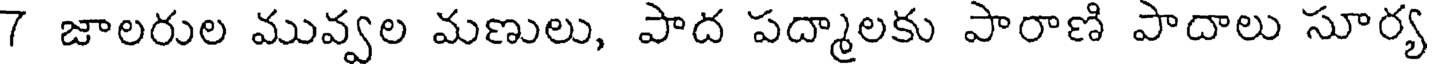
7 జాలరుల మువ్వల మణులు, పాద పద్మాలకు పారాణి పాదాలు సూర్య